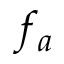
f _ { a }